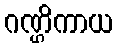
ဂဏ္ဌိကာယ